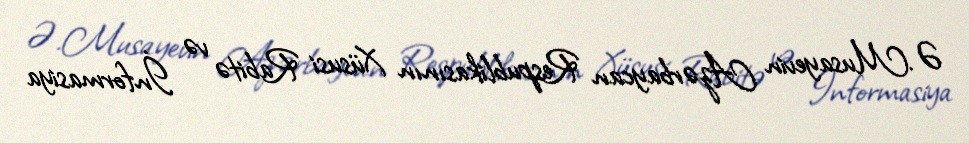
Ə.Musayevin Azərbaycan Respublikasının Xüsusi Rabitə və İnformasiya